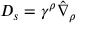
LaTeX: D _ { s } = \gamma ^ { \rho } \hat { \nabla } _ { \rho }